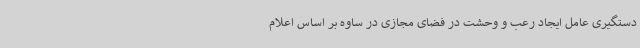
دستگیری عامل ایجاد رعب و وحشت در فضای مجازی در ساوه بر اساس اعلام